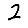
Digit: 2